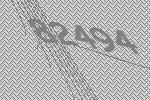
82494